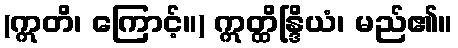
(ဣတိ၊ ကြောင့်။) ဣတ္ထိန္ဒြိယံ၊ မည်၏။